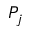
P _ { j }